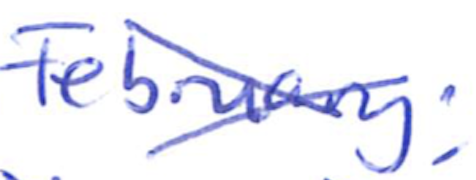
Text: February;
Cross-out: mix
Writing tool: ballpoint